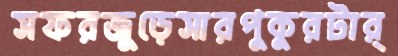
সফরজুড়েসারপুকুরটার্